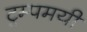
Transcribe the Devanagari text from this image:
ट्रम्पमयी